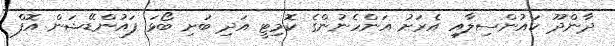
ދާންދޫ ކައުންސިލާއި އެރަށު އަންހެނުންގެ ކޮމިޓީ އަދި ބަށި ބޯޅަ ފައުންޑޭޝަން އޮފް